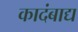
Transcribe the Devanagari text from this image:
कादंबाद्य